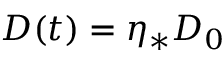
D ( t ) = \eta _ { * } D _ { 0 }